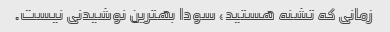
زمانی که تشنه هستید، سودا بهترین نوشیدنی نیست.